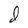
Character: d